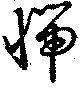
惴